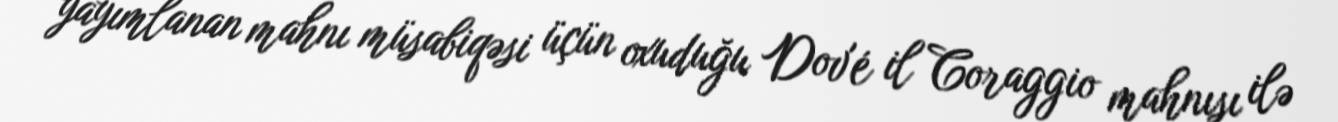
yayımlanan mahnı müsabiqəsi üçün oxuduğu Dov'é il Coraggio mahnısı ilə